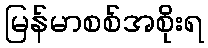
မြန်မာစစ်အစိုးရ